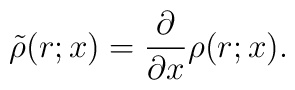
\tilde \rho(r;x)= \frac{\partial}{\partial x} \rho(r;x).